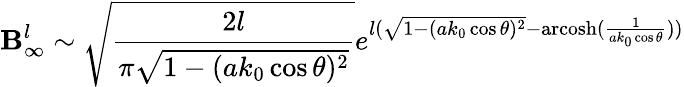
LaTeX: \mathbf{B}_{\infty}^{l}\sim\sqrt{\frac{2l}{\pi\sqrt{1-(ak_{0}\cos\theta)^{2}}}}e^{l(\sqrt{1-(ak_{0}\cos\theta)^{2}}-\mathrm{arcosh}(\frac{1}{ak_{0}\cos\theta}))}